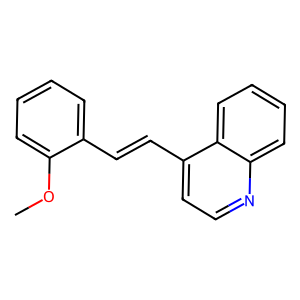
SMILES: COc1ccccc1C=Cc1ccnc2ccccc12
Inhibits HIV replication: No